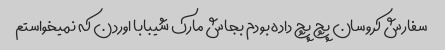
سفارش کروسان پچ پچ داده بودم بجاش مارک شیبابا اوردن که نمیخواستم